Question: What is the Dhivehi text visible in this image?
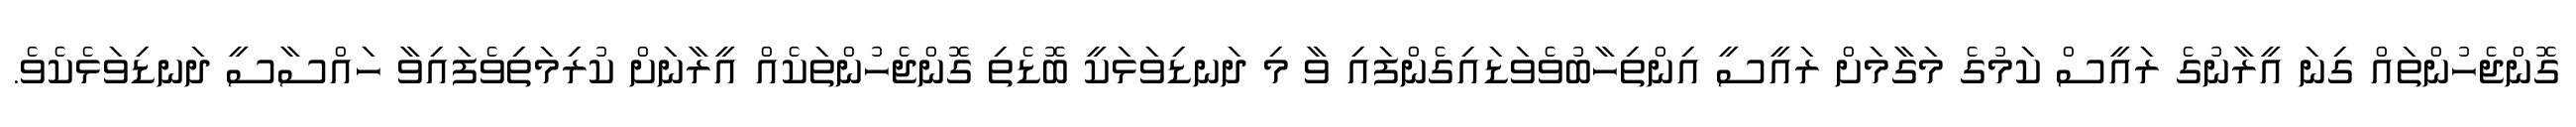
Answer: ގޮންޖެހުންތައް ގިނަ އީރާނުގެ ރައީސް ކަމުގެ މަގާމަށް ރައީސީ އިންތިހާބުވެވަޑައިގެންފައި ވާ މި ދަނޑިވަޅަކީ ބޮޑެތި ގޮންޖެހުންތަކެއް އީރާނަށް ކުރިމަތިވެފައިވާ ހައްސާސީ ދަނޑިވަޅެކެވެ.